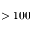
> 1 0 0